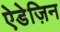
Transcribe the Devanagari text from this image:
ऐडेज़िन